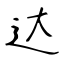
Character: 达